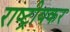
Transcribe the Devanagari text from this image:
राष्ट्रीयकर